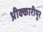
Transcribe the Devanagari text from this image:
थ्रीक्कारीयूर